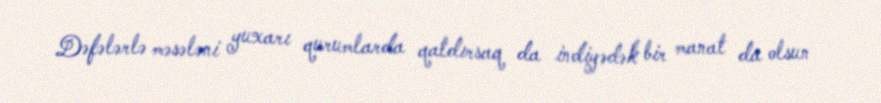
Dəfələrlə məsələni yuxarı qurumlarda qaldırsaq da indiyədək bir manat da olsun